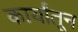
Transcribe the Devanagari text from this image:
कार्यांतून